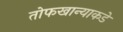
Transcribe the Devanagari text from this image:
तोफखान्याकडे